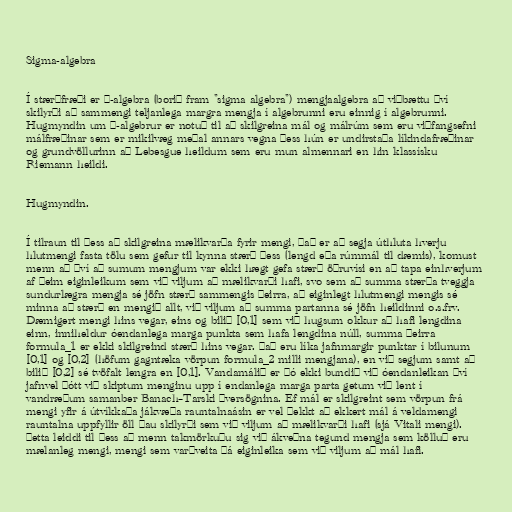
Sigma-algebra

Í stærðfræði er σ-algebra (borið fram "sigma algebra") mengjaalgebra að viðbættu því
skilyrði að sammengi teljanlega margra mengja í algebrunni eru einnig í algebrunni.
Hugmyndin um σ-algebrur er notuð til að skilgreina mál og málrúm sem eru viðfangsefni
málfræðinar sem er mikilvæg meðal annars vegna þess hún er undirstaða líkindafræðinar
og grundvöllurinn að Lebesgue heildum sem eru mun almennari en hin klassísku
Riemann heildi.

Hugmyndin.

Í tilraun til þess að skilgreina mælikvarða fyrir mengi, það er að segja úthluta hverju
hlutmengi fasta tölu sem gefur til kynna stærð þess (lengd eða rúmmál til dæmis), komust
menn að því að sumum mengjum var ekki hægt gefa stærð öðruvísi en að tapa einhverjum
af þeim eiginleikum sem við viljum að mælikvarði hafi, svo sem að summa stærða tveggja
sundurlægra mengja sé jöfn stærð sammengis þeirra, að eiginlegt hlutmengi mengis sé
minna að stærð en mengið allt, við viljum að summa partanna sé jöfn heildinni o.s.frv.
Dæmigert mengi hins vegar, eins og bilið [0,1] sem við hugsum okkur að hafi lengdina
einn, inniheldur óendanlega marga punkta sem hafa lengdina núll, summa þeirra
formula_1 er ekki skilgreind stærð hins vegar. Það eru líka jafnmargir punktar í bilunum
[0,1] og [0,2] (höfum gagntæka vörpun formula_2 milli mengjana), en við segjum samt að
bilið [0,2] sé tvöfalt lengra en [0,1]. Vandamálið er þó ekki bundið við óendanleikan því
jafnvel þótt við skiptum menginu upp í endanlega marga parta getum við lent í
vandræðum samanber Banach–Tarski þversögnina. Ef mál er skilgreint sem vörpun frá
mengi yfir á útvíkkaða jákvæða rauntalnaásin er vel þekkt að ekkert mál á veldamengi
rauntalna uppfyllir öll þau skilyrði sem við viljum að mælikvarði hafi (sjá Vitali mengi).
Þetta leiddi til þess að menn takmörkuðu sig við ákveðna tegund mengja sem kölluð eru
mælanleg mengi, mengi sem varðveita þá eiginleika sem við viljum að mál hafi.